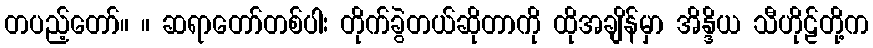
တပည့်တော်။ ။ ဆရာတော်တစ်ပါး တိုက်ခွဲတယ်ဆိုတာကို ထိုအချိန်မှာ အိန္ဒိယ သီဟိုဠ်တို့က